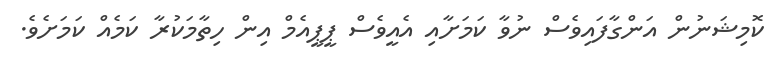
ކޮމިޝަނުން އަންގާފައިވެސް ނުވާ ކަމަށާއި އެއީވެސް ޕީޕީއެމް އިން ހިތާމަކުރާ ކަމެއް ކަަމަށެވެ.